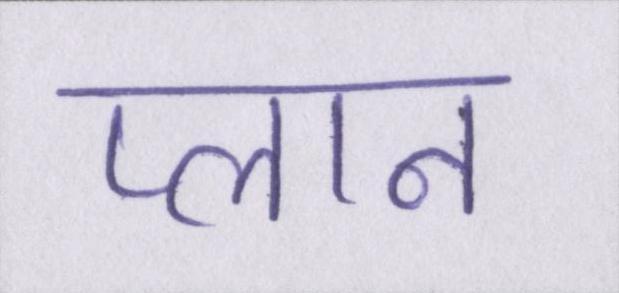
प्लान